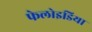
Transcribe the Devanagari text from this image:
फेलोइडिया